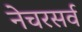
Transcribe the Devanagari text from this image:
नेचरसर्व